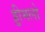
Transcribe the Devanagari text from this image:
ड्डीमलो